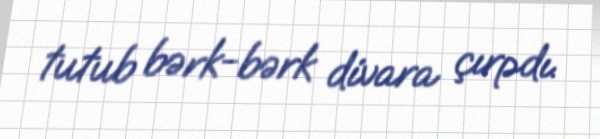
tutub bərk-bərk divara çırpdı.